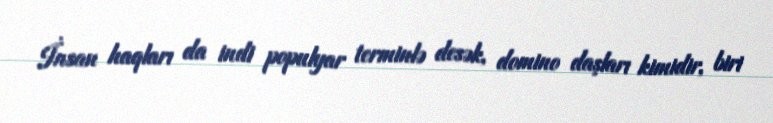
İnsan haqları da indi populyar terminlə desək, domino daşları kimidir, biri